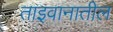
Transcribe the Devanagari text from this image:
ताइवानातील